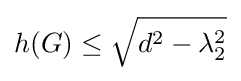
h(G)\leq {\sqrt {d^{2}-\lambda _{2}^{2}}}